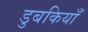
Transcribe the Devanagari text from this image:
डुबकियाँ